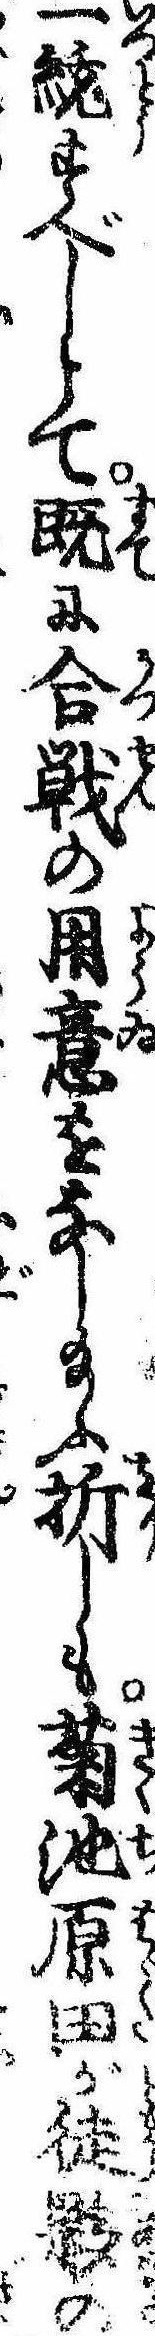
一統すべしとて既に合戦の用意をなし給ふ折しも菊池原田が徒夥の